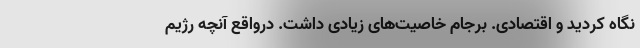
نگاه کردید و اقتصادی. برجام خاصیت‌های زیادی داشت. درواقع آنچه رژیم